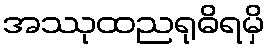
အဿုထညရုဓိရမှိ